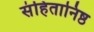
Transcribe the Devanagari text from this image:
संहितानिष्ठ